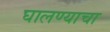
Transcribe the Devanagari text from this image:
घालण्‍याचा